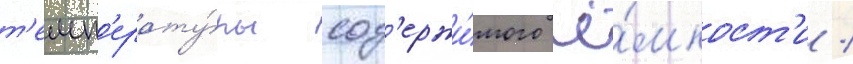
т'емп'ерату́ры сод'ержи́мого ё́мкост'и /